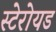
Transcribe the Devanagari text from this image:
स्टेरोयड